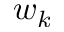
w _ { k }